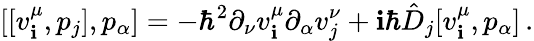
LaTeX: [[v_{\mathbf{i}}^{\mu},p_{j}],p_{\alpha}]=-\hbar^{2}\partial_{\nu}v_{\mathbf{i}}^{\mu}\partial_{\alpha}v_{j}^{\nu}+\mathbf{i}\hbar\hat{{D}}_{j}[v_{\mathbf{i}}^{\mu},p_{\alpha}]\, .